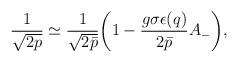
LaTeX: \begin{align*}\frac{1}{\sqrt{2p}} \simeq \frac{1}{\sqrt{2\bar{p}}}\bigg( 1 -\frac{g\sigma\epsilon(q)}{2\bar{p}}A_- \bigg),\end{align*}